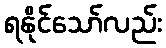
ရနိုင်သော်လည်း